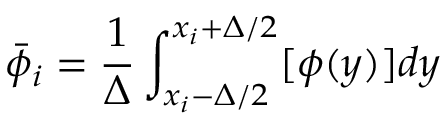
\bar { \phi } _ { i } = \frac { 1 } { \Delta } \int _ { x _ { i } - \Delta / 2 } ^ { x _ { i } + \Delta / 2 } [ \phi ( y ) ] d y